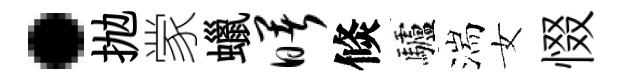
·抛䝉蠟曙倐驢湍女惙